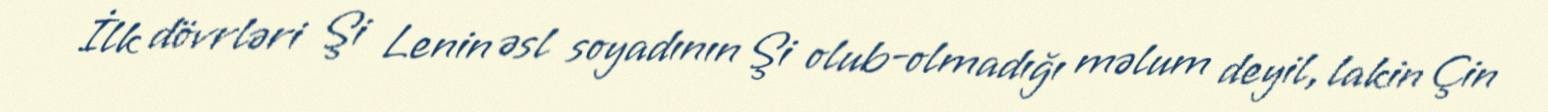
İlk dövrləri Şi Lenin əsl soyadının Şi olub-olmadığı məlum deyil, lakin Çin